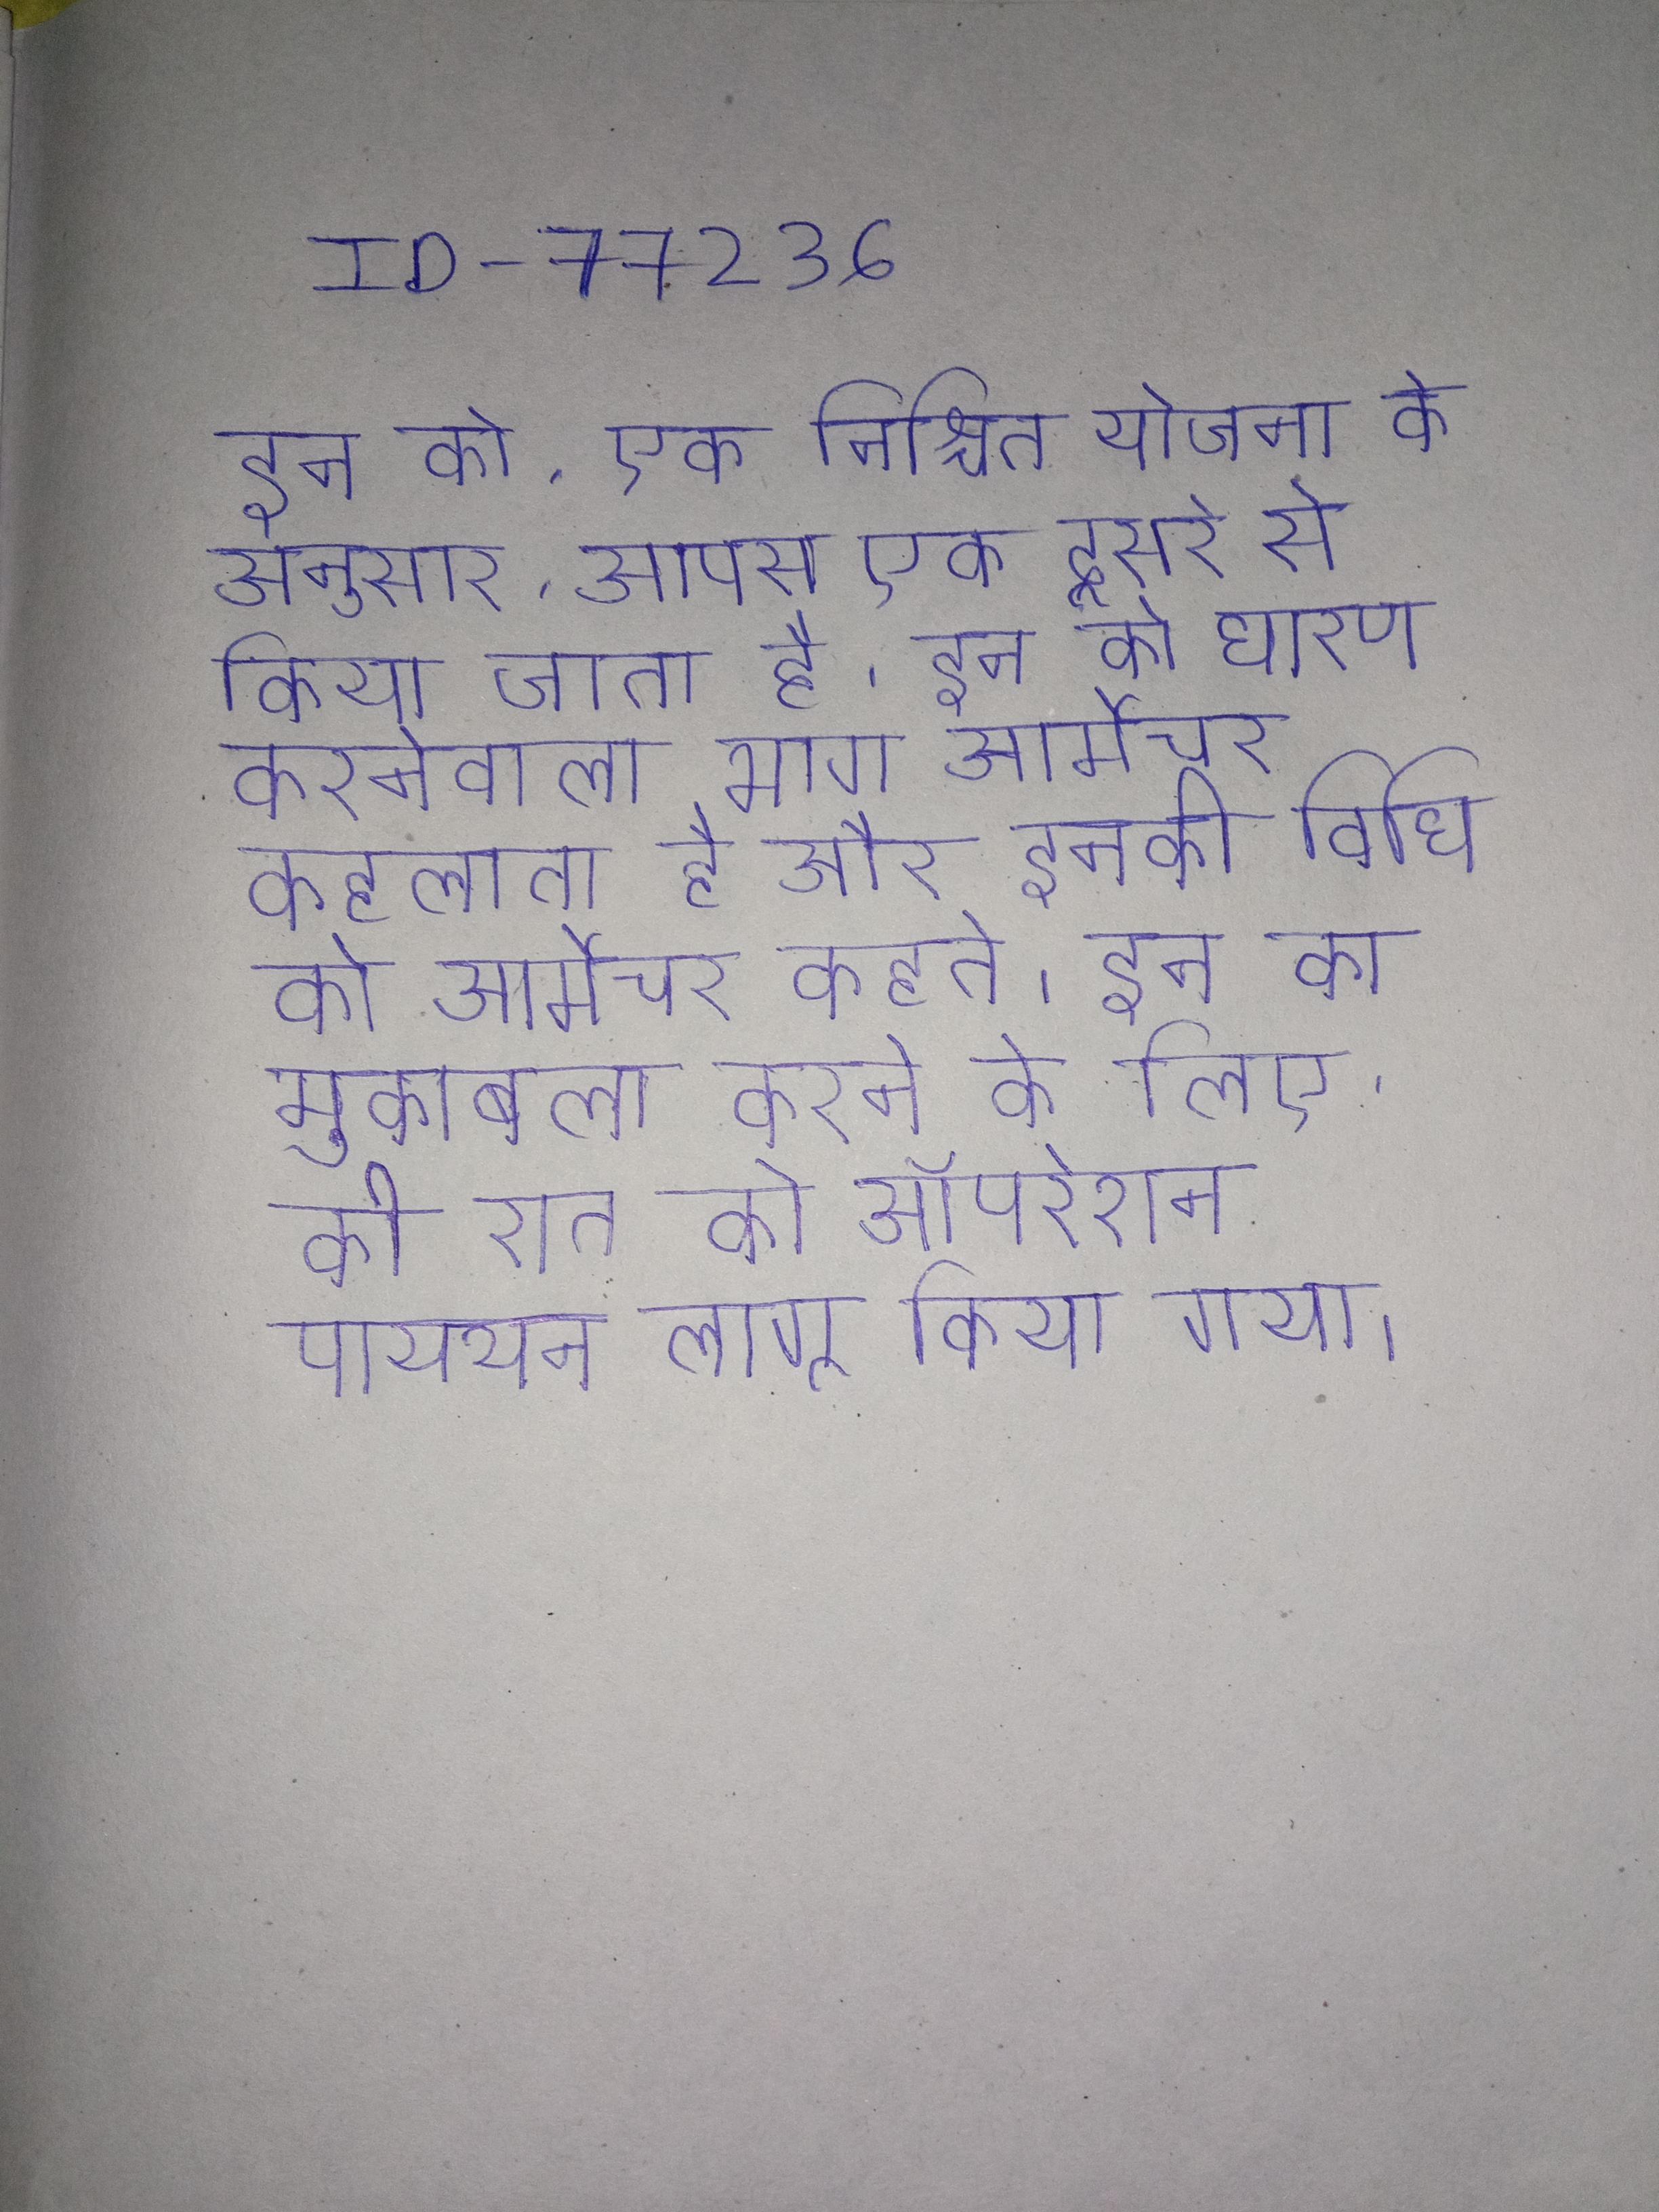
इन को, एक निश्चित योजना के अनुसार, आपस एक दूसरे से किया जाता है । इन को धारण करनेवाला भाग आर्मेचर कहलाता है और इनकी विधि को आर्मेचर कहते । इन का मुकाबला करने के लिए, की रात को ऑपरेशन पायथन लागू किया गया ।